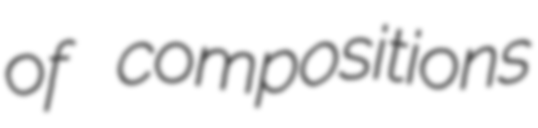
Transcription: of compositions